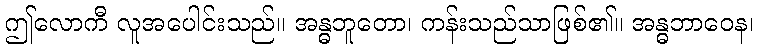
ဤလောကီ လူအပေါင်းသည်။ အန္ဓဘူတော၊ ကန်းသည်သာဖြစ်၏။ အန္ဓဘာဝေန၊